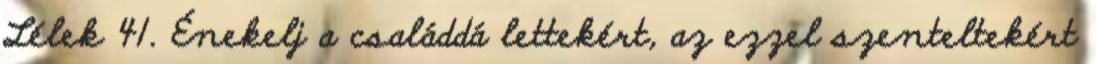
Lélek 41. Énekelj a családdá lettekért, az ezzel szenteltekért